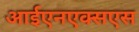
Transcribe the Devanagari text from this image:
आईएनएक्सएस